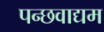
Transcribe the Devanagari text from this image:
पन्छवाद्यम